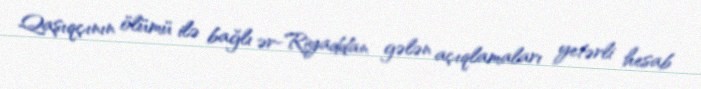
Qaşıqçının ölümü ilə bağlı ər-Riyaddan gələn açıqlamaları yetərli hesab